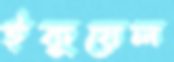
ইকুয়েল